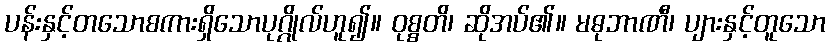
ပန်းနှင့်တသောစကားရှိသောပုဂ္ဂိုလ်ဟူ၍။ ဝုစ္စတိ၊ ဆိုအပ်၏။ မဓုဘာဏီ၊ ပျားနှင့်တူသော